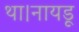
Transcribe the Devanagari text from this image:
था।नायडू